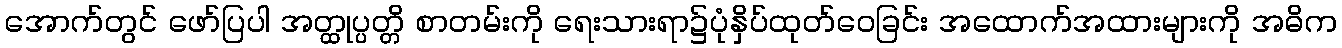
အောက်တွင် ဖော်ပြပါ အတ္ထုပ္ပတ္တိ စာတမ်းကို ရေးသားရာ၌ပုံနှိပ်ထုတ်ဝေခြင်း အထောက်အထားများကို အဓိက